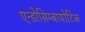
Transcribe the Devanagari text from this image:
एन्डोसिम्बायोटिक